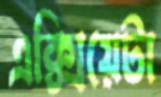
এক্সিয়েটা